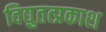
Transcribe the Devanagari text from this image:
विद्युतत्प्रकाश